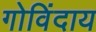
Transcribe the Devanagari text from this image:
गोविंदाय